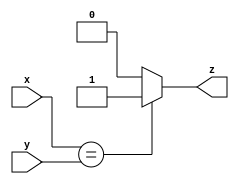

module feq(
    input wire [31:0] x,
    input wire [31:0] y,
    output wire z
);
    assign z = x == y ? 1'b1 : 1'b0;
endmodule

module flt(
    input wire [31:0] x,
    input wire [31:0] y,
    output wire z
);
  	wire s1;
    wire s2;
    wire [7:0] e1;
    wire [7:0] e2;
    wire [22:0] m1;
    wire [22:0] m2;
    assign {s1,e1,m1} = x;
    assign {s2,e2,m2} = y;
    
    assign z = (s1 == 1'b1) && (s2 == 1'b0) ? 1'b1 :
               (s1 == 1'b0) && (s2 == 1'b1) ? 1'b0 :
               (s1 == 1'b0) && (e1 < e2) ? 1'b1 :
               (s1 == 1'b0) && (e1 == e2) && (m1 < m2) ? 1'b1 :
               (s1 == 1'b1) && (e1 > e2) ? 1'b1 :
               (s1 == 1'b1) && (e1 == e2) && (m1 > m2) ? 1'b1 :
               1'b0;
endmodule

module fle(
    input wire [31:0] x,
    input wire [31:0] y,
    output wire z
);
    wire t;
    flt FLT(y, x, t);
    assign z = ~t;
endmodule